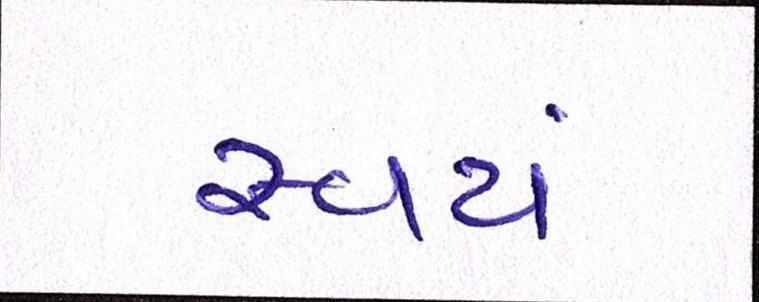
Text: સ્વયં